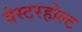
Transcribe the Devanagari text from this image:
वेस्टरहोल्ट